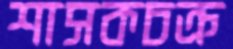
শাসকচক্র